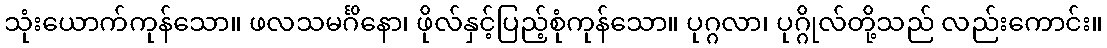
သုံးယောက်ကုန်သော။ ဖလသမင်္ဂိနော၊ ဖိုလ်နှင့်ပြည့်စုံကုန်သော။ ပုဂ္ဂလာ၊ ပုဂ္ဂိုလ်တို့သည် လည်းကောင်း။